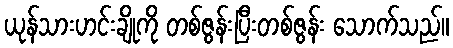
ယုန်သားဟင်းချိုကို တစ်ဇွန်းပြီးတစ်ဇွန်း သောက်သည်။